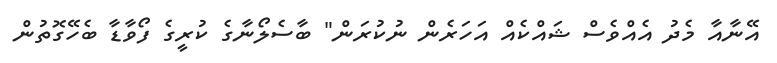
އޭނާއާ މެދު އެއްވެސް ޝައްކެއް އަހަރެން ނުކުރަން" ބާސެލޯނާގެ ކުރީގެ ފޯވާޑާ ބެހޭގޮތުން